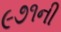
૯૭૧ની